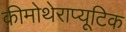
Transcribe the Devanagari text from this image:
कीमोथेराप्यूटिक